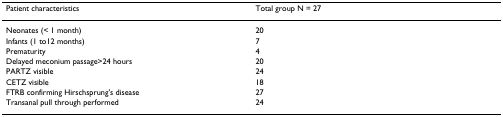
<table><thead><tr><td><b>Patient characteristics</b></td><td><b>Total group N = 27</b></td></tr></thead><tbody><tr><td>Neonates (&lt; 1 month)</td><td>20</td></tr><tr><td>Infants (1 to12 months)</td><td>7</td></tr><tr><td>Prematurity</td><td>4</td></tr><tr><td>Delayed meconium passage&gt;24 hours</td><td>20</td></tr><tr><td>PARTZ visible</td><td>24</td></tr><tr><td>CETZ visible</td><td>18</td></tr><tr><td>FTRB confirming Hirschsprung's disease</td><td>27</td></tr><tr><td>Transanal pull through performed</td><td>24</td></tr></tbody></table>